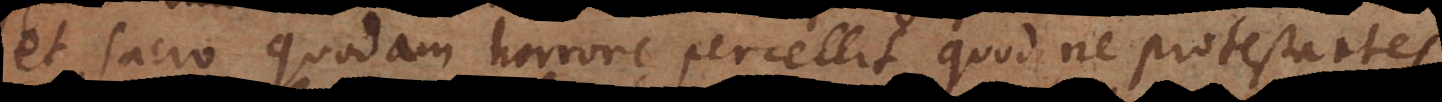
et sacro quodam horrore percellit, quod ne protestantes